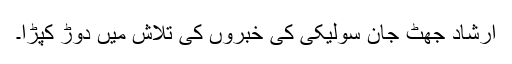
ارشاد جھٹ جان سولیکی کی خبروں کی تلاش میں دوڑ کپڑا۔